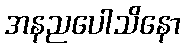
အနညပေါသိနော